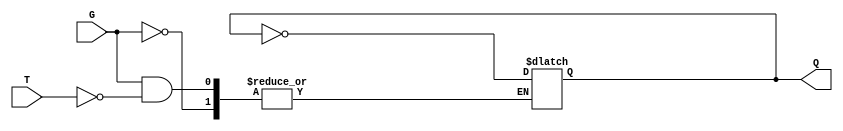
module GatedT_Latch (
    input wire T,      // Toggle input
    input wire G,      // Gate signal
    output reg Q       // Output
);

    // Initial state of Q
    initial begin
        Q = 1'b0; // or 1'b1 depending on your design requirement
    end

    // Always block sensitive to changes in T or G
    always @ (G or T) begin
        if (G == 1'b0) begin
            // Hold state when G is low
            Q <= Q; // No change
        end else begin
            // G is high, check the T input
            if (T == 1'b1) begin
                // Toggle the output when T is high
                Q <= ~Q;
            end else begin
                // Hold state when T is low
                Q <= Q; // No change
            end
        end
    end
    
endmodule